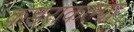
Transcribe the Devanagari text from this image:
कडराकल्पा